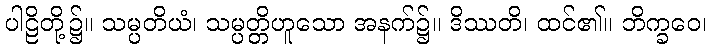
ပါဠိတို့၌။ သမ္ပတိယံ၊ သမ္ပတ္တိဟူသော အနက်၌။ ဒိဿတိ၊ ထင်၏။ ဘိက္ခဝေ၊